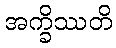
အက္ခိဿတိ